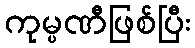
ကုမ္ပဏီဖြစ်ပြီး